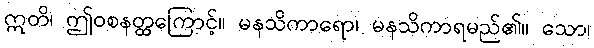
ဣတိ၊ ဤဝစနတ္ထကြောင့်။ မနသိကာရော၊ မနသိကာရမည်၏။ သော၊